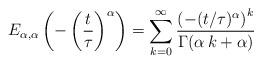
LaTeX: \begin{align*}E_{\alpha,\alpha}\left(-\left(\frac{t}{\tau}\right)^{\alpha}\right) = \sum\limits_{k=0}^{\infty} \frac{\left(-(t/\tau)^{\alpha}\right)^k}{\Gamma(\alpha\,k + \alpha)}\end{align*}